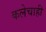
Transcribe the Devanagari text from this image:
कलेचाही